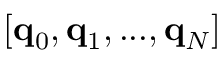
[ \mathbf q _ { 0 } , \mathbf q _ { 1 } , . . . , \mathbf q _ { N } ]